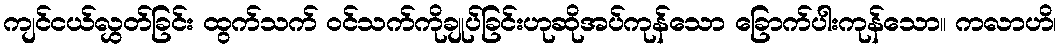
ကျင်ငယ်လွှတ်ခြင်း ထွက်သက် ဝင်သက်ကိုချုပ်ခြင်းဟုဆိုအပ်ကုန်သော ခြောက်ပါးကုန်သော။ ကလာဟိ၊